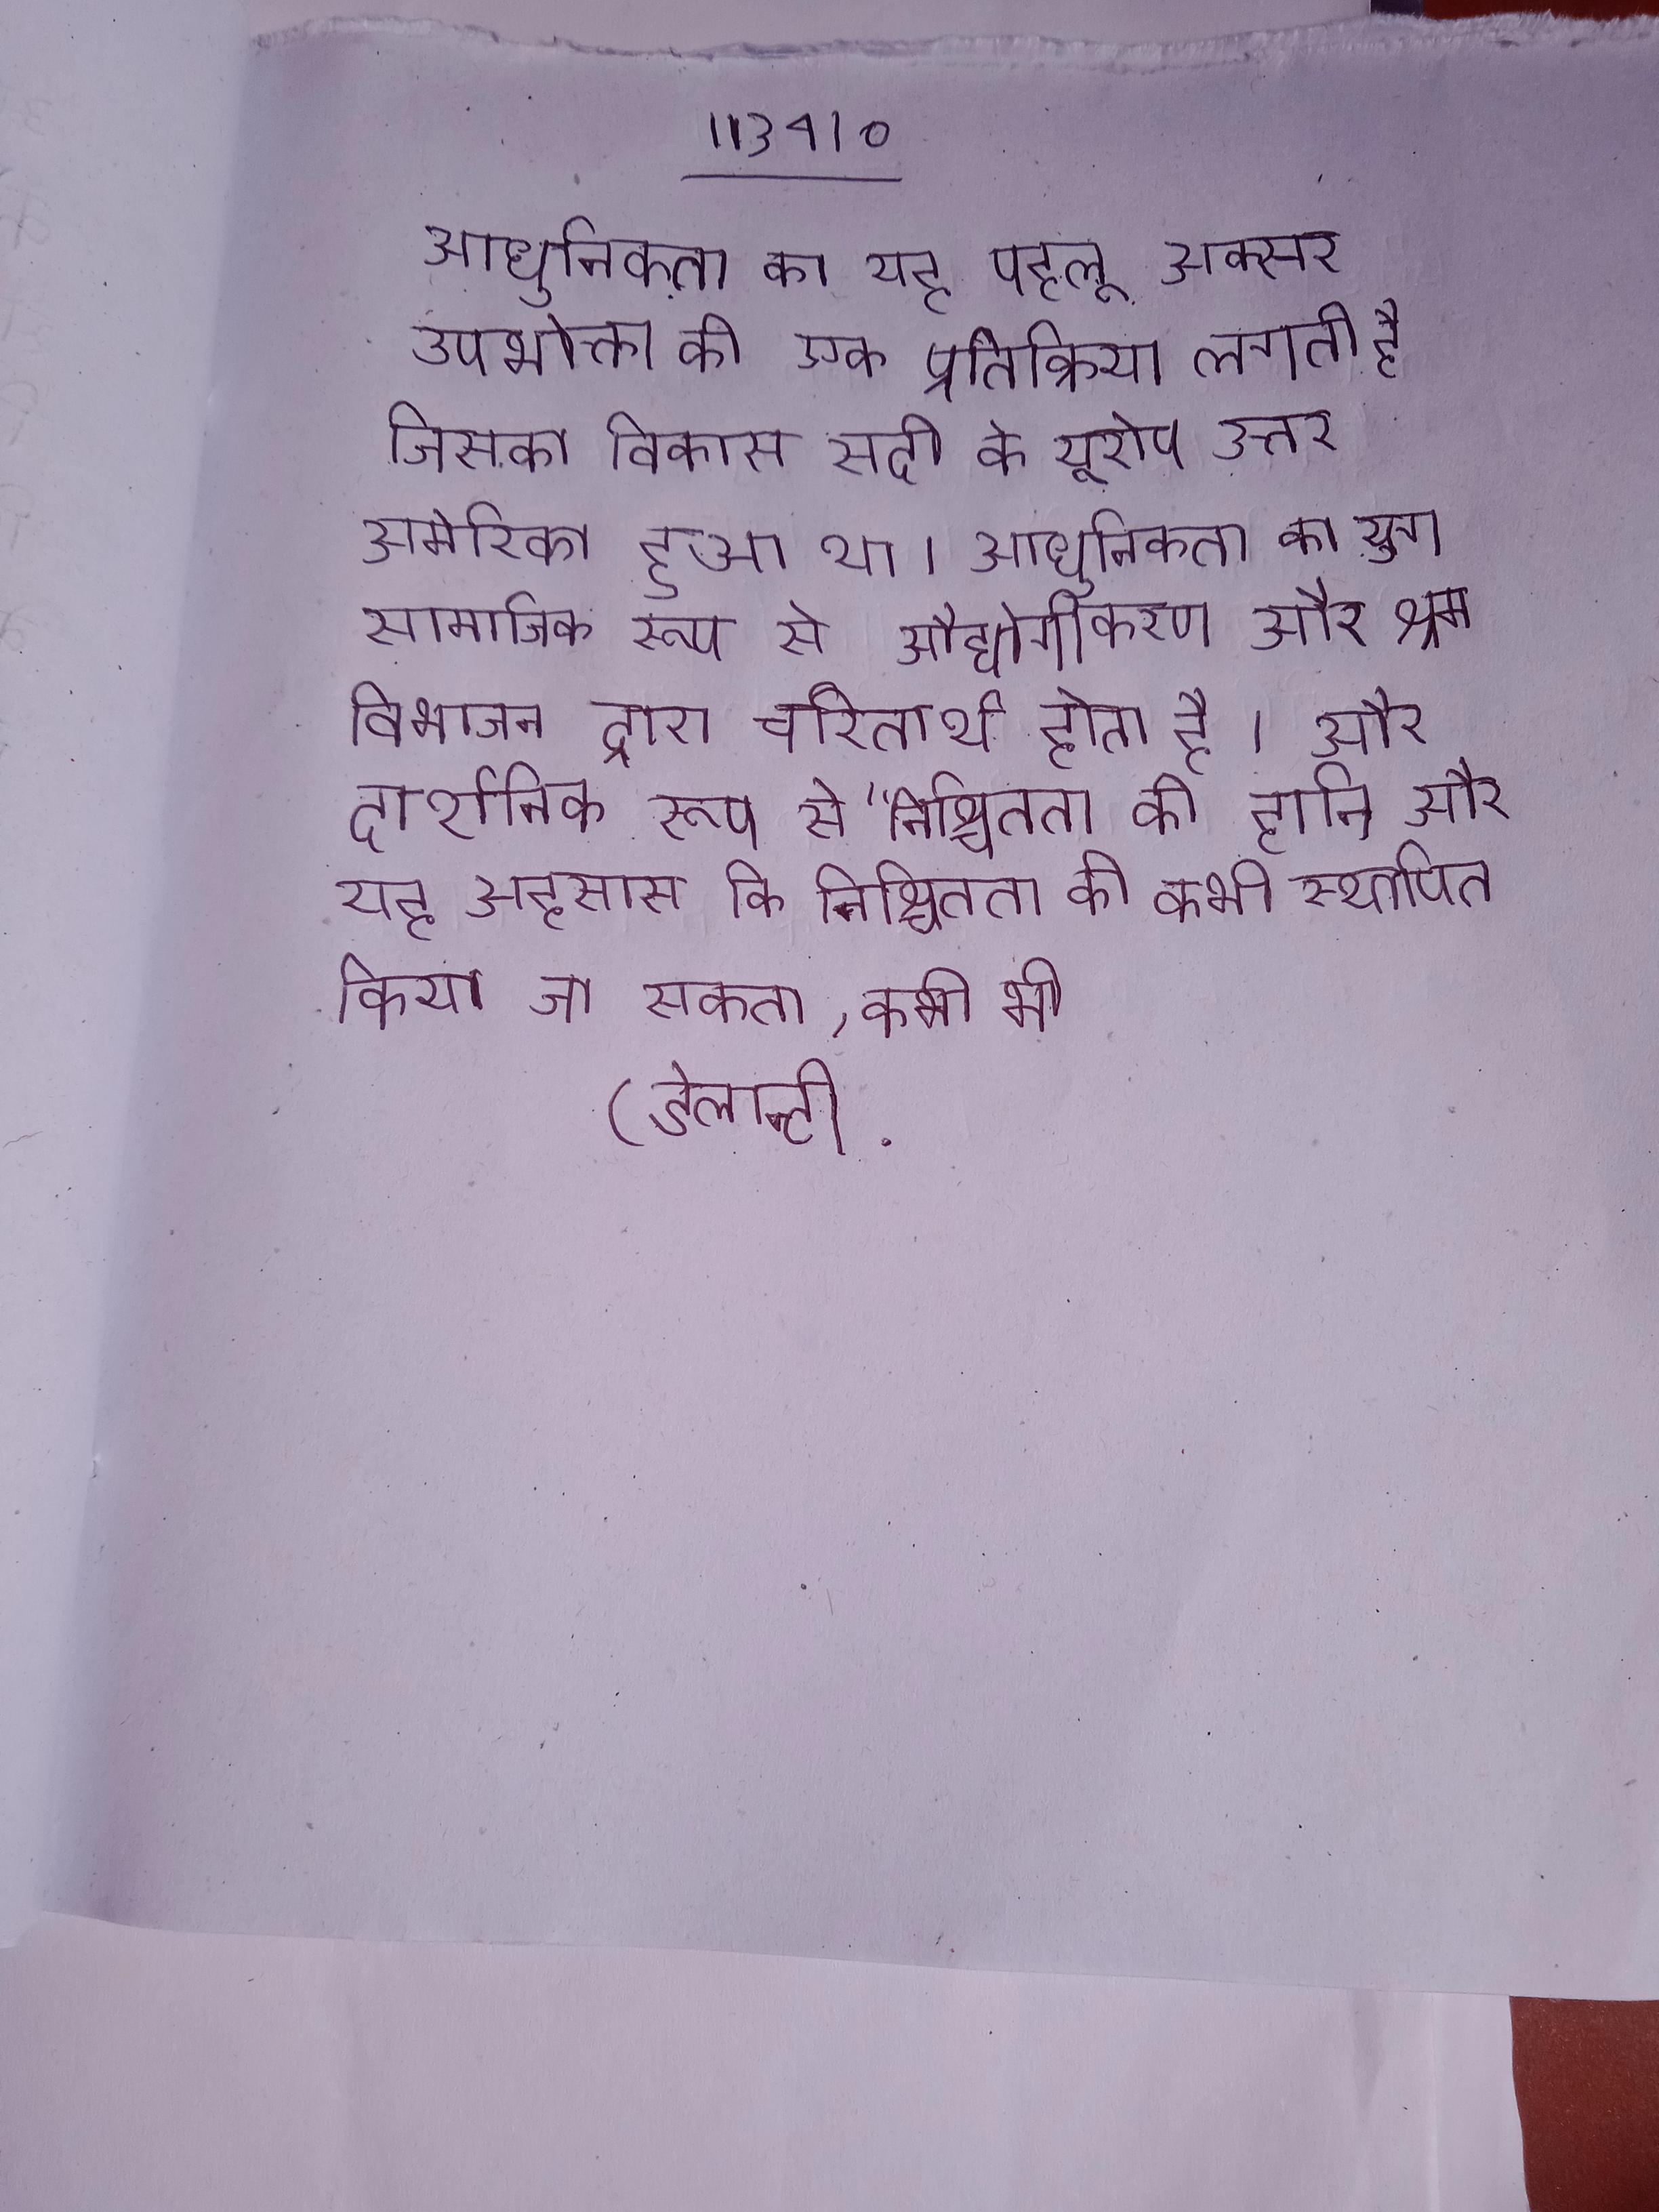
आधुनिकता का यह पहलू अक्सर उपभोक्ता की एक प्रतिक्रिया लगती है जिसका विकास सदी के यूरोप उत्तर अमेरिका हुआ था । आधुनिकता का युग सामाजिक रूप से औद्योगीकरण और श्रम विभाजन द्वारा चरितार्थ होता है और दार्शनिक रूप से "निश्चितता की हानि और यह अहसास कि निश्चितता को कभी स्थापित किया जा सकता, कभी भी (डेलान्टी .